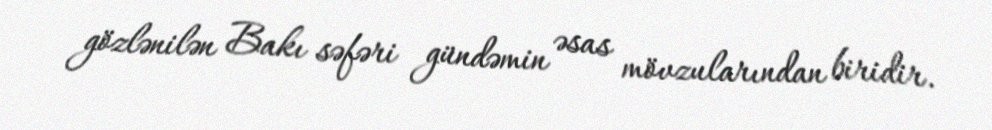
gözlənilən Bakı səfəri gündəmin əsas mövzularından biridir.